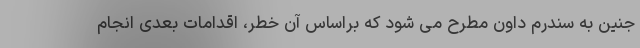
جنین به سندرم داون مطرح می شود که براساس آن خطر، اقدامات بعدی انجام